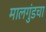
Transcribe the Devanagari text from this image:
मालगुंडचा